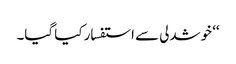
‘‘ خوشدلی سے استفسار کیا گیا۔